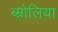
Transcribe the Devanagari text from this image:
ब्म्रोलिया